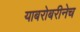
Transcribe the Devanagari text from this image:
याबरोबरीनेच